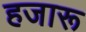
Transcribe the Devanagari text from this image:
हजारू